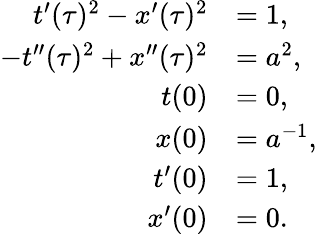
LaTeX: \begin{array}{rl}{t^{\prime}(\tau)^{2}-x^{\prime}(\tau)^{2}}&{=1,}\\ {-t^{\prime\prime}(\tau)^{2}+x^{\prime\prime}(\tau)^{2}}&{=a^{2},}\\ {t(0)}&{=0,}\\ {x(0)}&{=a^{-1},}\\ {t^{\prime}(0)}&{=1,}\\ {x^{\prime}(0)}&{=0.}\end{array}